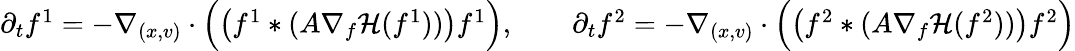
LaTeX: \begin{array}{r}{\partial_{t}f^{1}=-\nabla_{(x,v)}\cdot\Big(\big(f^{1}\ast(A\nabla_{f}\mathcal H(f^{1}))\big)f^{1}\Big),\qquad\partial_{t}f^{2}=-\nabla_{(x,v)}\cdot\Big(\big(f^{2}\ast(A\nabla_{f}\mathcal H(f^{2}))\big)f^{2}\Big)}\end{array}